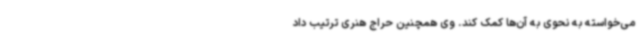
می‌خواسته به نحوی به آن‌ها کمک کند. وی همچنین حراج هنری ترتیب داد